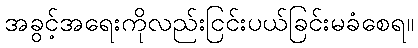
အခွင့်အရေးကိုလည်းငြင်းပယ်ခြင်းမခံစေရ။